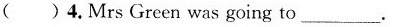
( )4.MrsGreen was going to___.